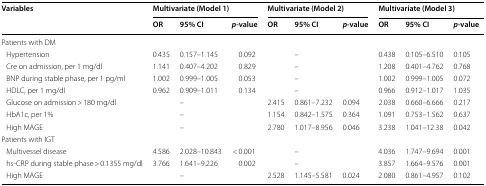
<table><thead><tr><td rowspan="2"><b>Variables</b></td><td colspan="3"><b>Multivariate (Model 1)</b></td><td colspan="3"><b>Multivariate (Model 2)</b></td><td colspan="3"><b>Multivariate (Model 3)</b></td></tr><tr><td><b>OR</b></td><td><b>95% CI</b></td><td><b><i>p</i>-value</b></td><td><b>OR</b></td><td><b>95% CI</b></td><td><b><i>p</i>-value</b></td><td><b>OR</b></td><td><b>95% CI</b></td><td><b><i>p</i>-value</b></td></tr></thead><tbody><tr><td colspan="10">Patients with DM</td></tr><tr><td> Hypertension</td><td>0.435</td><td>0.157–1.145</td><td>0.092</td><td></td><td>–</td><td></td><td>0.438</td><td>0.105–6.510</td><td>0.105</td></tr><tr><td> Cre on admission, per 1 mg/dl</td><td>1.141</td><td>0.407–4.202</td><td>0.829</td><td></td><td>–</td><td></td><td>1.208</td><td>0.401–4.762</td><td>0.768</td></tr><tr><td> BNP during stable phase, per 1 pg/ml</td><td>1.002</td><td>0.999–1.005</td><td>0.053</td><td></td><td>–</td><td></td><td>1.002</td><td>0.999–1.005</td><td>0.072</td></tr><tr><td> HDLC, per 1 mg/dl</td><td>0.962</td><td>0.909–1.011</td><td>0.134</td><td></td><td>–</td><td></td><td>0.966</td><td>0.912–1.017</td><td>1.035</td></tr><tr><td> Glucose on admission &gt; 180 mg/dl</td><td></td><td>–</td><td></td><td>2.415</td><td>0.861–7.232</td><td>0.094</td><td>2.038</td><td>0.660–6.666</td><td>0.217</td></tr><tr><td> HbA1c, per 1%</td><td></td><td>–</td><td></td><td>1.154</td><td>0.842–1.575</td><td>0.364</td><td>1.091</td><td>0.753–1.562</td><td>0.637</td></tr><tr><td> High MAGE</td><td></td><td>–</td><td></td><td>2.780</td><td>1.017–8.956</td><td>0.046</td><td>3.238</td><td>1.041–12.38</td><td>0.042</td></tr><tr><td colspan="10">Patients with IGT</td></tr><tr><td> Multivessel disease</td><td>4.586</td><td>2.028–10.843</td><td>&lt; 0.001</td><td></td><td>–</td><td></td><td>4.036</td><td>1.747–9.694</td><td>0.001</td></tr><tr><td> hs-CRP during stable phase &gt; 0.1355 mg/dl</td><td>3.766</td><td>1.641–9.226</td><td>0.002</td><td></td><td>–</td><td></td><td>3.857</td><td>1.664–9.576</td><td>0.001</td></tr><tr><td> High MAGE</td><td></td><td>–</td><td></td><td>2.528</td><td>1.145–5.581</td><td>0.024</td><td>2.080</td><td>0.861–4.957</td><td>0.102</td></tr></tbody></table>